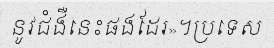
នូវជំងឺនេះផងដែរ»។ប្រទេស